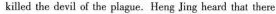
killed the devil of the plague.Heng Jing heard that there